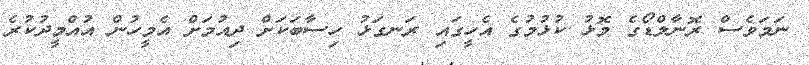
ނަމަވެސް ރޮނާލްޑޯގެ މޮޅު ކުޅުމުގެ އެހީގައި ރަނގަޅު ހިސާބަކަށް ދިއުމަށް އެމީހުން އުއްމީދުކުރެ